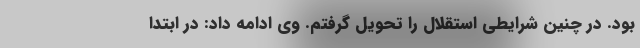
بود. در چنین شرایطی استقلال را تحویل گرفتم. وی ادامه داد: در ابتدا